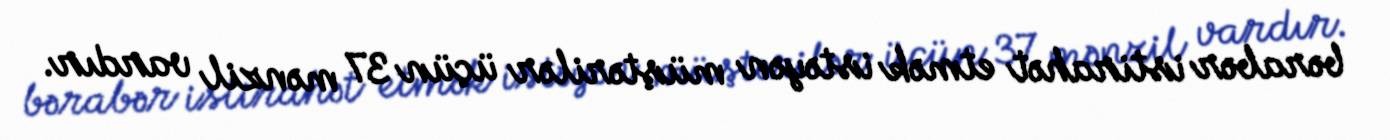
bərabər istirahət etmək istəyən müştərilər üçün 37 mənzil vardır.